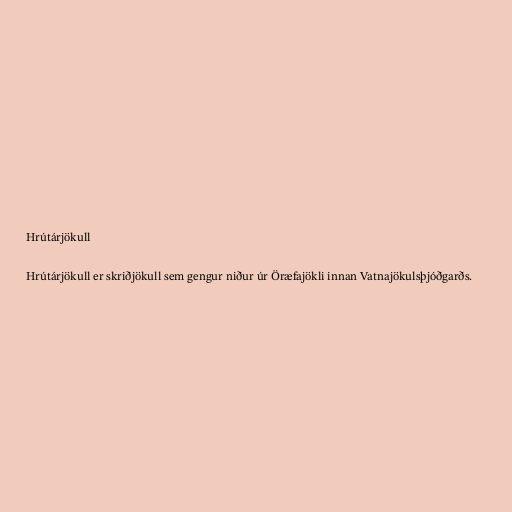
Hrútárjökull

Hrútárjökull er skriðjökull sem gengur niður úr Öræfajökli innan Vatnajökulsþjóðgarðs.